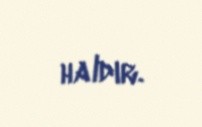
haldır.